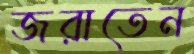
জরাতেন